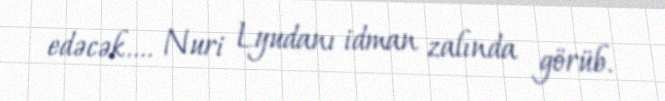
edəcək.... Nuri Lyudanı idman zalında görüb.